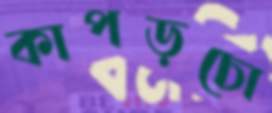
কাপড়চো